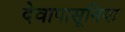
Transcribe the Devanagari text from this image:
देवापासूनिया